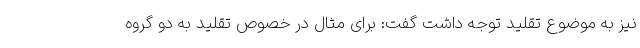
نیز به موضوع تقلید توجه داشت گفت: برای مثال در خصوص تقلید به دو گروه